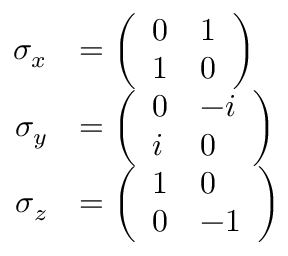
{ \begin{array} { r l } { \sigma _ { x } } & { = { \left( \begin{array} { l l } { 0 } & { 1 } \\ { 1 } & { 0 } \end{array} \right) } } \\ { \sigma _ { y } } & { = { \left( \begin{array} { l l } { 0 } & { - i } \\ { i } & { 0 } \end{array} \right) } } \\ { \sigma _ { z } } & { = { \left( \begin{array} { l l } { 1 } & { 0 } \\ { 0 } & { - 1 } \end{array} \right) } } \end{array} }